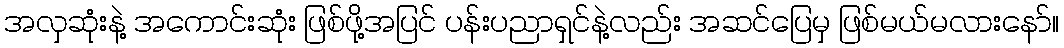
အလှဆုံးနဲ့ အကောင်းဆုံး ဖြစ်ဖို့အပြင် ပန်းပညာရှင်နဲ့လည်း အဆင်ပြေမှ ဖြစ်မယ်မလားနော်။